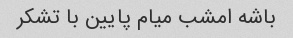
باشه امشب میام پایین با تشکر